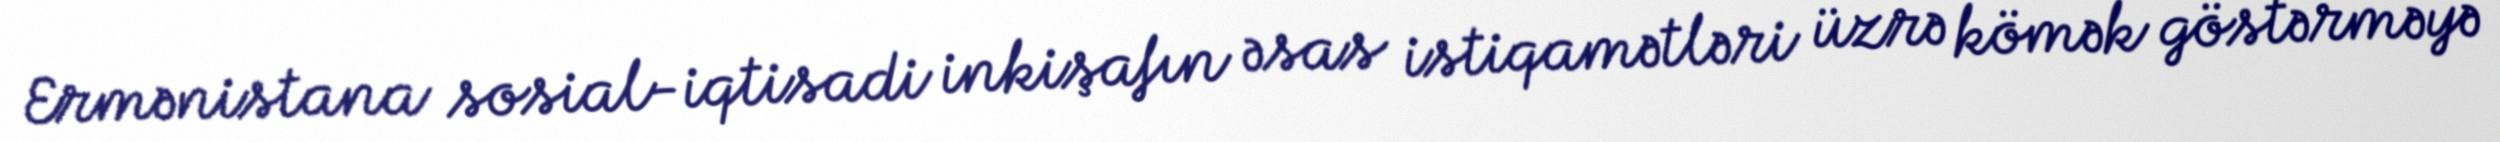
Ermənistana sosial-iqtisadi inkişafın əsas istiqamətləri üzrə kömək göstərməyə